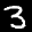
Label: 3